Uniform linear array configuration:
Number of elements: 12
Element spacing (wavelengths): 0.75
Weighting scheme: hamming
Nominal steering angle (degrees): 60
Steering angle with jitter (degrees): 59.181
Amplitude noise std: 0.05
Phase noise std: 0.05

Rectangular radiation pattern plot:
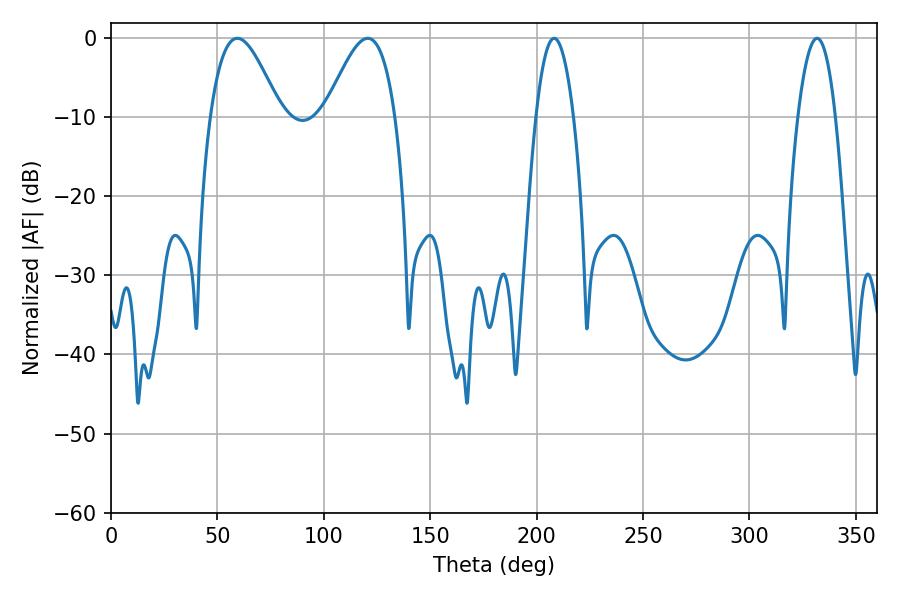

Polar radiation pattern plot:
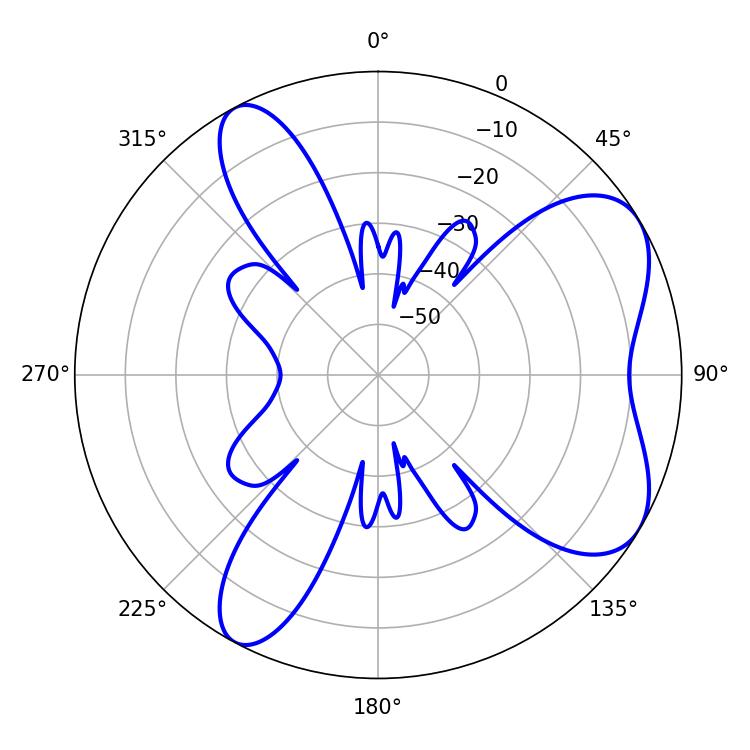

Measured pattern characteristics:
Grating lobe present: TRUE
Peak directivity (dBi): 6.557
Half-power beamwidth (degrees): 17.64
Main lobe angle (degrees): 59.4